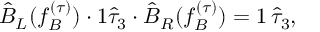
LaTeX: \hat { B } _ { L } ( f _ { B } ^ { ( \tau ) } ) \cdot 1 \hat { \tau } _ { 3 } \cdot \hat { B } _ { R } ( f _ { B } ^ { ( \tau ) } ) = 1 \, \hat { \tau } _ { 3 } ,